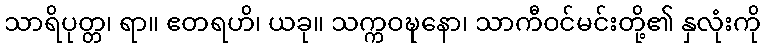
သာရိပုတ္တ၊ ရာ။ ဧတရဟိ၊ ယခု။ သက္ကဝဍ္ဎနော၊ သာကီဝင်မင်းတို့၏ နှလုံးကို